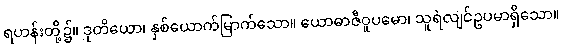
ရဟန်းတို့၌။ ဒုတိယော၊ နှစ်ယောက်မြာက်သော။ ယောဓာဇီဝူပမော၊ သူရဲလျင်ဥပမာရှိသော။